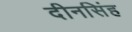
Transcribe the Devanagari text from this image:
दीनसिंह